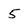
Character: 5